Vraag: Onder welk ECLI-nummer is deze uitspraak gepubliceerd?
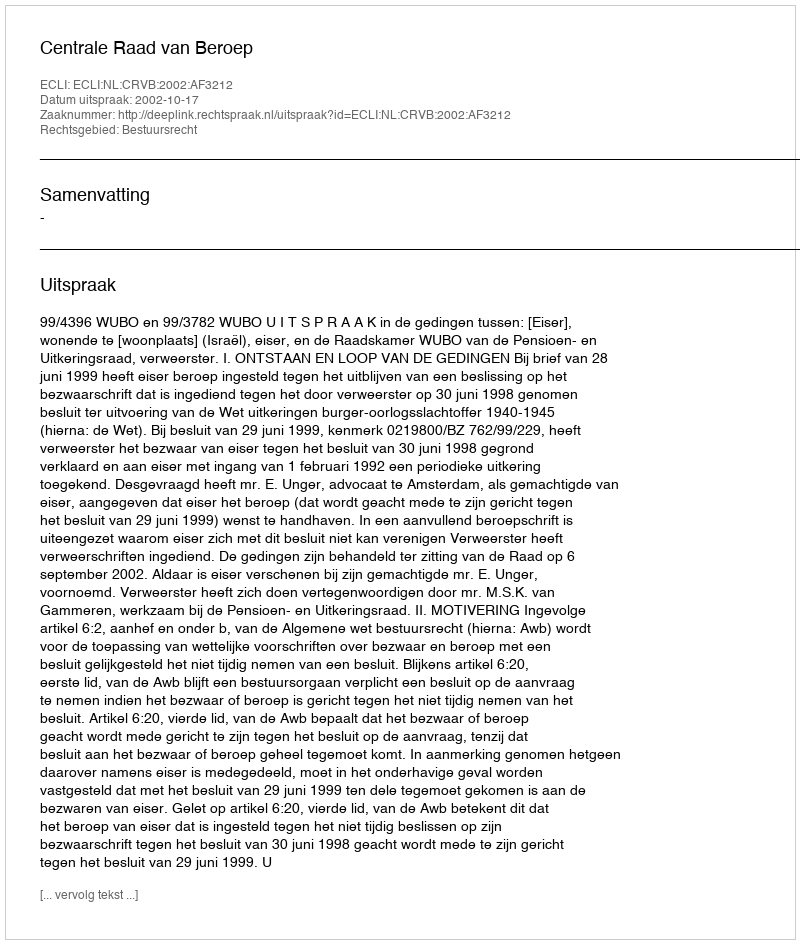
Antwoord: ECLI:NL:CRVB:2002:AF3212